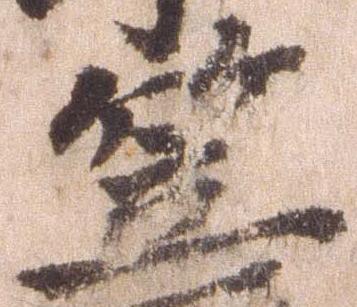
笠